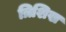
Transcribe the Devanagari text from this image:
त्रिशिख